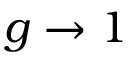
g \to 1